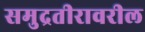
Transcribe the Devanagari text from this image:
समुद्रतीरावरील